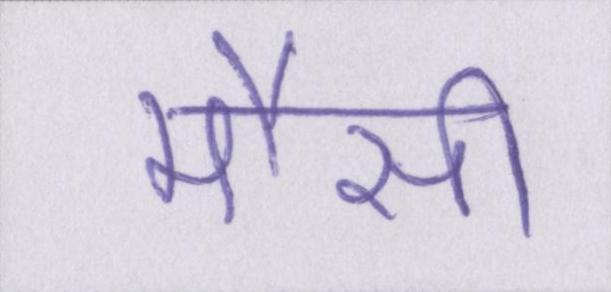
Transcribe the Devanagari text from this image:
मौसी